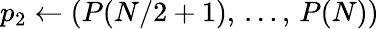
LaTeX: p_{2}\gets(P(N/2+1),\, \dots,\, P(N))